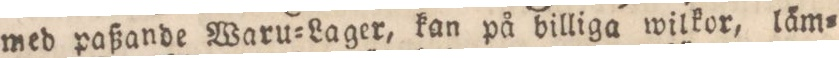
med paßande Waru=Lager, kan på billiga wilkor, läm=